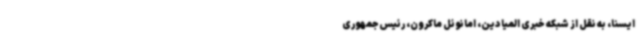
ایسنا، به نقل از شبکه خبری المیادین، امانوئل ماکرون، رئیس‌جمهوری